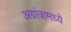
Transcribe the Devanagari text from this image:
अग्रांत्रामध्ये